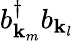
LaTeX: b_{\mathbf{k}_{m}}^{\dagger}b_{\mathbf{k}_{l}}